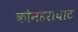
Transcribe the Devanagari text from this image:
कोनहराघाट